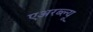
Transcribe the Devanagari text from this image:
एअरब्ल्यू